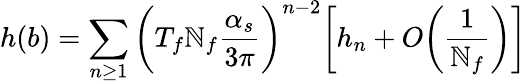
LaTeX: h(b)=\sum_{n\geq1}\bigg(T_{f}\mathbb{N}_{f}\frac{{\alpha_{s}}}{{3\pi}}\bigg)^{n-2}\bigg[h_{n}+O\bigg(\frac{{1}}{{\mathbb{N}_{f}}}\bigg)\bigg]